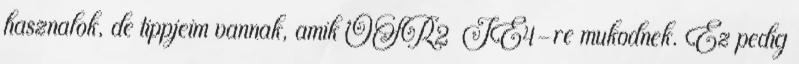
hasznalok, de tippjeim vannak, amik OSR2 IE4-re mukodnek. Ez pedig